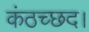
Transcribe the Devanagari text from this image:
कंठच्छद।